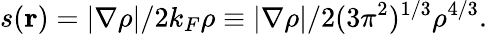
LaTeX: s(\mathbf{r})=|\nabla\rho|/2k_{F}\rho\equiv|\nabla\rho|/2(3\pi^{2})^{1/3}\rho^{4/3}.